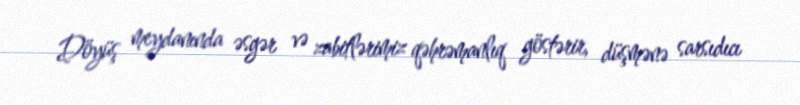
Döyüş meydanında əsgər və zabitlərimiz qəhrəmanlıq göstərir, düşmənə sarsıdıcı